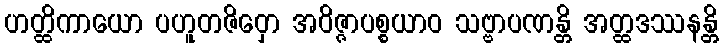
ဟတ္ထိကာယော ပဟူတဇိဝှော အဝိဇ္ဇာပစ္စယာဝ သဗ္ဗာပဏန္တိ အတ္ထဒဿနန္တိ